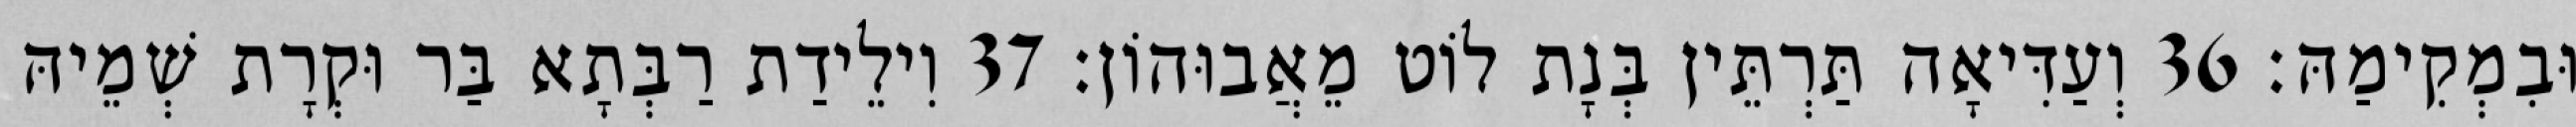
וּבִמְקִימַהּ׃ 36 וְעַדִּיאָה תַּרְתֵּין בְּנָת לוֹט מֵאֲבוּהוֹן׃ 37 וִילֵידַת רַבְּתָא בַּר וּקְרָת שְׁמֵיהּ